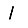
Digit: 1